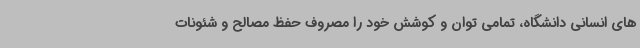
های انسانی دانشگاه، تمامی توان و کوشش خود را مصروف حفظ مصالح و شئونات